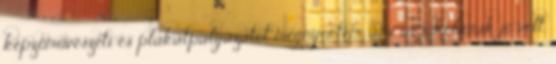
képzőművészeti és plakátpályázatot megnyertem, ami az iskolának jó volt.